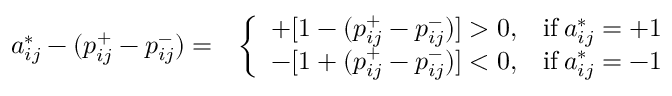
\begin{array} { r l } { a _ { i j } ^ { * } - ( p _ { i j } ^ { + } - p _ { i j } ^ { - } ) = } & { \left\{ \begin{array} { l l } { + [ 1 - ( p _ { i j } ^ { + } - p _ { i j } ^ { - } ) ] > 0 , } & { \mathrm { i f } \: a _ { i j } ^ { * } = + 1 } \\ { - [ 1 + ( p _ { i j } ^ { + } - p _ { i j } ^ { - } ) ] < 0 , } & { \mathrm { i f } \: a _ { i j } ^ { * } = - 1 } \end{array} \right. } \end{array}